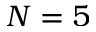
N = 5